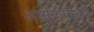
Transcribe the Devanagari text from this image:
आरोनोफ्स्की